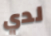
لدي